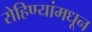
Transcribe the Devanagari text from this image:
रोहिण्यांमधून